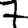
Digit: 7